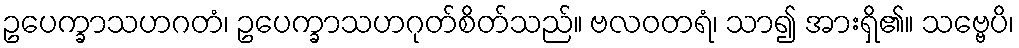
ဥပေက္ခာသဟဂတံ၊ ဥပေက္ခာသဟဂုတ်စိတ်သည်။ ဗလဝတရံ၊ သာ၍ အားရှိ၏။ သဗ္ဗေပိ၊